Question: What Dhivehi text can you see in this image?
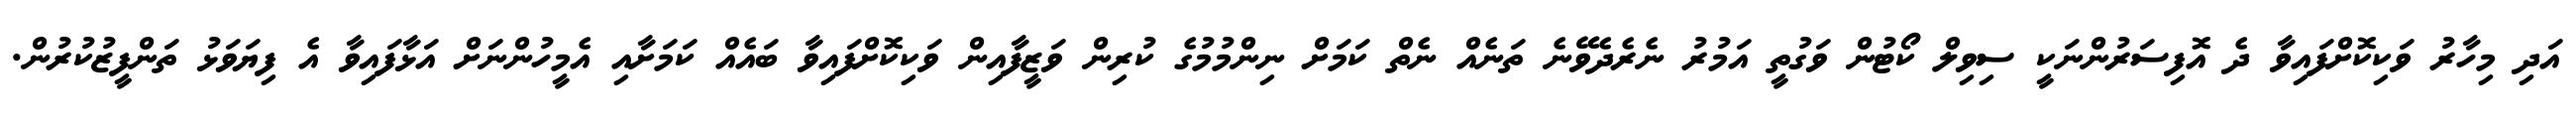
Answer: އަދި މިހާރު ވަކިކޮށްފައިވާ ދެ އޮފިސަރުންނަކީ ސިވިލް ކޯޓުން ވަގުތީ އަމުރު ނެރެދެވޭނެ ތަނެއް ނެތް ކަމަށް ނިންމުމުގެ ކުރިން ވަޒީފާއިން ވަކިކޮށްފައިވާ ބައެއް ކަމަށާއި އެމީހުންނަށް އަޅާފައިވާ އެ ފިޔަވަޅު ތަންފީޒުކުރުން.